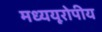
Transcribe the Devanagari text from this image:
मध्ययूरोपीय